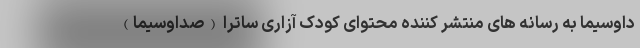
داوسیما به رسانه ‌های منتشر کننده محتوای کودک ‌آزاری ساترا (صداوسیما)